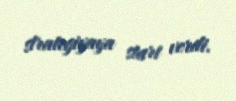
strategiyaya start verdi.